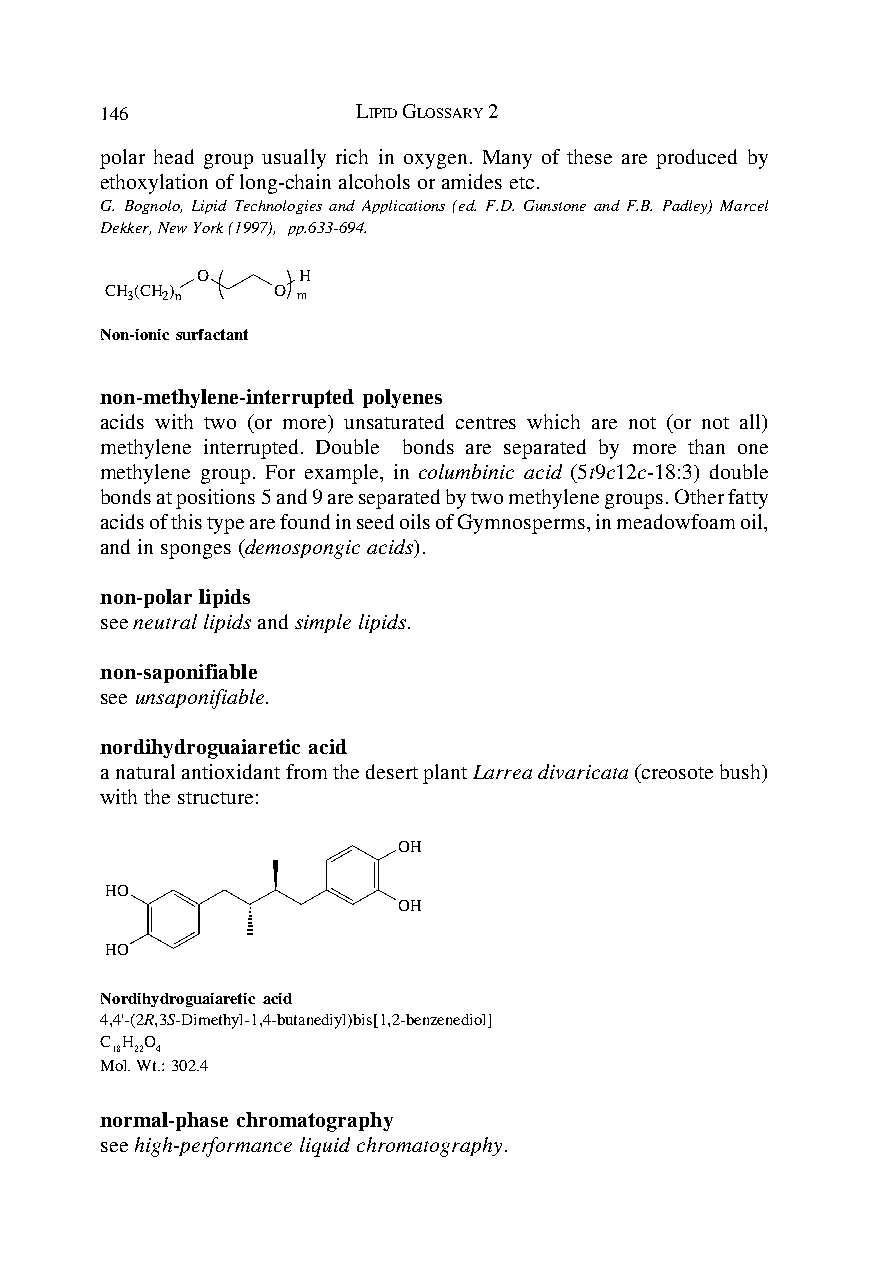
146              LIPID GLOSSARY 2
 polar head group usually rich in oxygen. Many of these are produced by
 ethoxylation of long-chain alcohols or amides etc.
 G. Bognolo, Lipid Technologies and Applications (ed. F.D. Gunstone and F.B. Padley) Marcel
 Dekker, New York (1997), pp.633-694.
 O      H
 CH 3(CH 2) n O m
 Non-ionic surfactant
 non-methylene-interrupted polyenes
 acids with two (or more) unsaturated centres which are not (or not all)
 methylene interrupted. Double bonds are separated by more than one
 methylene group. For example, in columbinic acid (5t9c12c-18:3) double
 bonds at positions 5 and 9 are separated by two methylene groups. Other fatty
 acids of this type are found in seed oils of Gymnosperms, in meadowfoam oil,
 and in sponges (demospongic acids).
 non-polar lipids
 see neutral lipids and simple lipids.
 non-saponifiable
 see unsaponifiable.
 nordihydroguaiaretic acid
 a natural antioxidant from the desert plant Larrea divaricata (creosote bush)
 with the structure:
 OH
 HO
 OH
 HO
 Nordihydroguaiaretic acid
 4,4'-(2R,3S-Dimethyl-1,4-butanediyl)bis[1,2-benzenediol]
 C H O
 18 22 4
 Mol. Wt.: 302.4
 normal-phase chromatography
 see high-performance liquid chromatography.